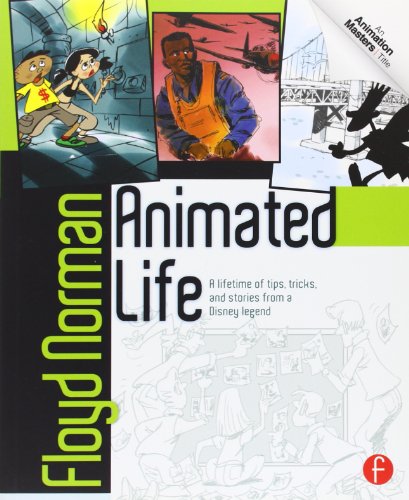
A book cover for Animated Life: A Lifetime of tips, tricks, techniques and stories from an animation Legend (Animation Masters); Floyd Norman; Computers & Technology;